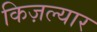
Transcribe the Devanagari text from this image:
किज़ल्यार